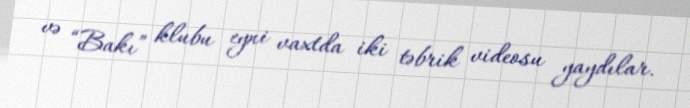
və “Bakı” klubu eyni vaxtda iki təbrik videosu yaydılar.